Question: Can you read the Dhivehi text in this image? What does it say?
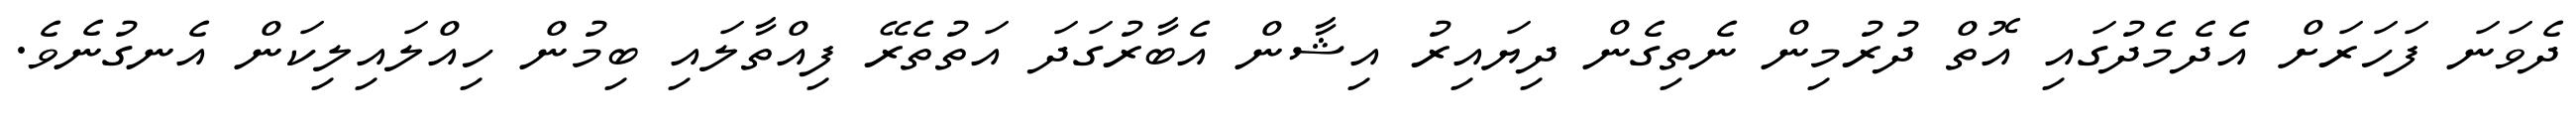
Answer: ދެވަނަ ފަހަރަށް އެދެމެދުގައި އޮތް ދުރުމިން ނެތިގެން ދިޔައިރު އިޝާން އެބާރުގަދަ އަތުތެރޭ ފިއްތާލައި ބިމުން ހިއްލައިލިކަން އެނގުނެވެ.